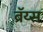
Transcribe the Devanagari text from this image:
ब्रॅय्स